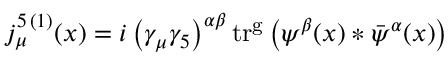
j _ { \mu } ^ { 5 \, ( 1 ) } ( x ) = i \left( \gamma _ { \mu } \gamma _ { 5 } \right) ^ { \alpha \beta } \mathrm { t r ^ { g } } \left( \psi ^ { \beta } ( x ) * \bar { \psi } ^ { \alpha } ( x ) \right)